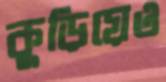
কুড়িয়েও